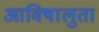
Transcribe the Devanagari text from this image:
आविषालुता